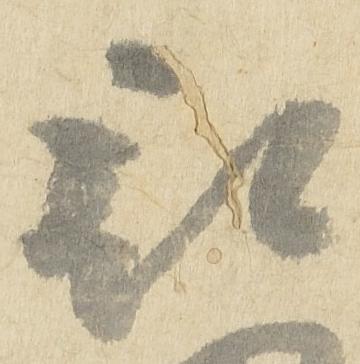
被